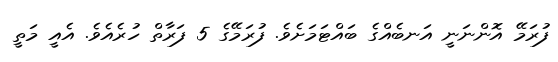
ފުރަމޭ އޮންނަނީ އަނބެއްގެ ބައްޓަމަށެވެ. ފުރަމޭގެ 5 ފަރާތް ހުރެއެވެ. އެއީ މަތީ